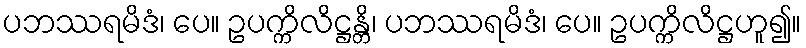
ပဘဿရမိဒံ၊ ပေ။ ဥပက္ကိလိဋ္ဌန္တိ၊ ပဘဿရမိဒံ၊ ပေ။ ဥပက္ကိလိဋ္ဌဟူ၍။